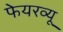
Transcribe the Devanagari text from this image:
फेयरव्यू